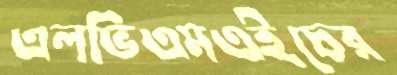
এলভিএমএইচের